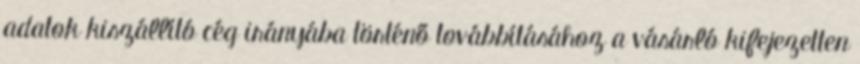
adatok kiszállító cég irányába történő továbbításához a vásárló kifejezetten